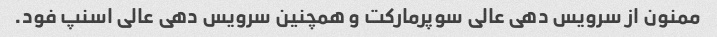
ممنون از سرویس دهی عالی سوپرمارکت و همچنین سرویس دهی عالی اسنپ فود.